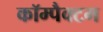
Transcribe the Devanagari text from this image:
कॉम्पैक्टम